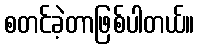
စတင်ခဲ့တာဖြစ်ပါတယ်။